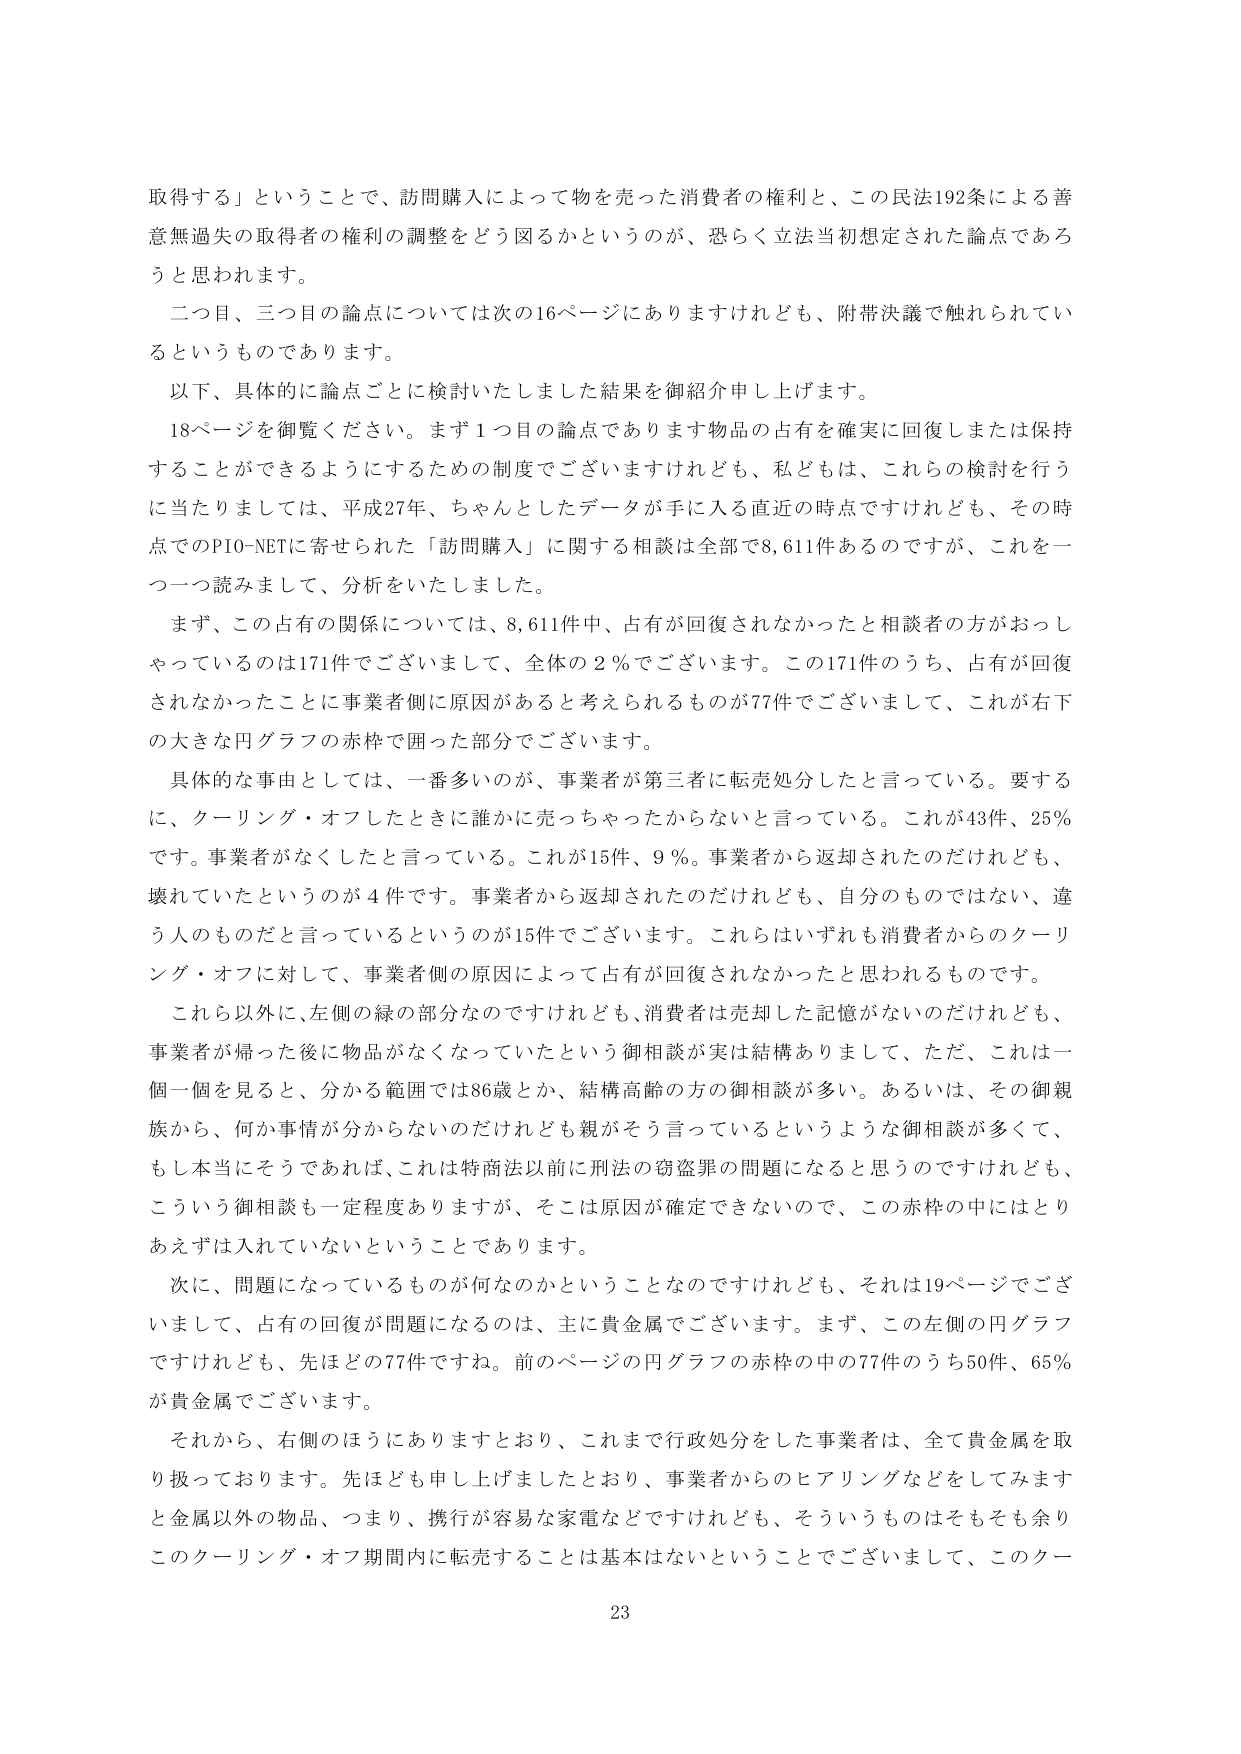
取得する」ということで、訪問購入によって物を売った消費者の権利と、この民法192条による善意無過失の取得者の権利の調整をどう図るかというのが、恐らく立法当初想定された論点であろうと思われます。

二つ目、三つ目の論点については次の16ページにありますけれども、附帯決議で触れられているというものです。

以下、具体的に論点ごとに検討いたしました結果を御紹介申し上げます。

18ページを御覧ください。まず1つ目の論点であります物品の占有を確実に回復しましたは保持することができるようになるための制度でございますけれども、私どもは、これらの検討を行うに当たりましては、平成27年、ちゃんとしたデータが手に入る直近の時点ですけれども、その時点でのPIO-NETに寄せられた「訪問購入」に関する相談は全部で8,611件あるのですが、これを一つ一つ読みまして、分析をいたしました。

まず、この占有の関係については、8,611件中、占有が回復されなかったと相談の方がおっしゃっているのは171件でございまして、全体の2％でございます。この171件のうち、占有が回復されなかったことに事業者側に原因があると考えられるものが77件でございまして、これが右下の大きな円グラフの赤枠で囲った部分でございます。

具体的な事由としては、一番多いのが、事業者が第三者に転売処分したと言っている。要するに、クーリング・オフしたときに誰かに売っちゃったからないと言っている。これが43件、25％です。事業者がなくしたと言っている。これが15件、9％。事業者から返却されたのだけれども、壊れていたというのが4件です。事業者から返却されたのだけれども、自分のものではない、違う人のものだと言っているというのが15件でございます。これらはいずれも消費者からのクーリング・オフに対して、事業者側の原因によって占有が回復されなかったと思われるものです。

これら以外に、左側の緑の部分なのですけれども、消費者は売却した記憶がないのだけれども、事業者が帰った後に物品がなくなっていたという御相談が実は結構ありまして、ただ、これは一個一個を見ると、分かる範囲では86歳とか、結構高齢の方の御相談が多い。あるいは、その御親族から、何か事情が分からないのだけれども親がそう言っているというような御相談が多くて、もし本当にそうであれば、これは特商法以前に刑法の窃盗罪の問題になると思うのですけれども、こういう御相談も一定程度ありますが、そこは原因が確定できないので、この赤枠の中にはとりあえずは入れていないということです。

次に、問題になっているものが何なのかということなのですが、それは19ページでございまして、占有の回復が問題になるのは、主に貴金属でございます。まず、この左側の円グラフですけれども、先ほどの77件ですね。前のページの円グラフの赤枠の中の77件のうち50件、65％が貴金属でございます。

それから、右側のほうにありますとおり、これまで行政処分をした事業者は、全て貴金属を取り扱っております。先ほども申し上げましたとおり、事業者からのヒアリングなどをしてみますと金属以外の物品、つまり、携行が容易な家電などですけれども、そういうものはそもそも余りこのクーリング・オフ期間内に転売することは基本はないということでございまして、このクー

23